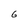
Character: 6